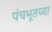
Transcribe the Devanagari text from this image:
पंचभूतच्या